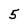
Character: 5